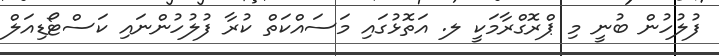
ފުލުހުން ބުނީ މި ޕްރޮގްރާމަކީ ލ. އަތޮޅުގައި މަސައްކަތް ކުރާ ފުލުހުންނައި ކަސްޓޯޑިއަލް